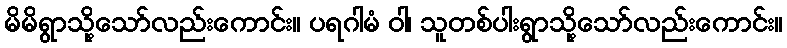
မိမိရွာသို့သော်လည်းကောင်း။ ပရဂါမံ ဝါ၊ သူတစ်ပါးရွာသို့သော်လည်းကောင်း။